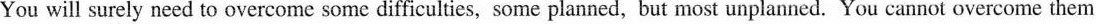
You will surely need to overcome some difficulties, some planned, but most unplanned. You cannot overcome the